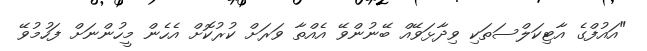
"އައުފްގެ އާޓިކަލްސަތަކި ވިދާޅަވޭއް ބޭނުންވޭ އެއްތާ ވަރަށް ކުރުކޮށް އެހެން މީހުންނަށް ފަހުމުވޭ